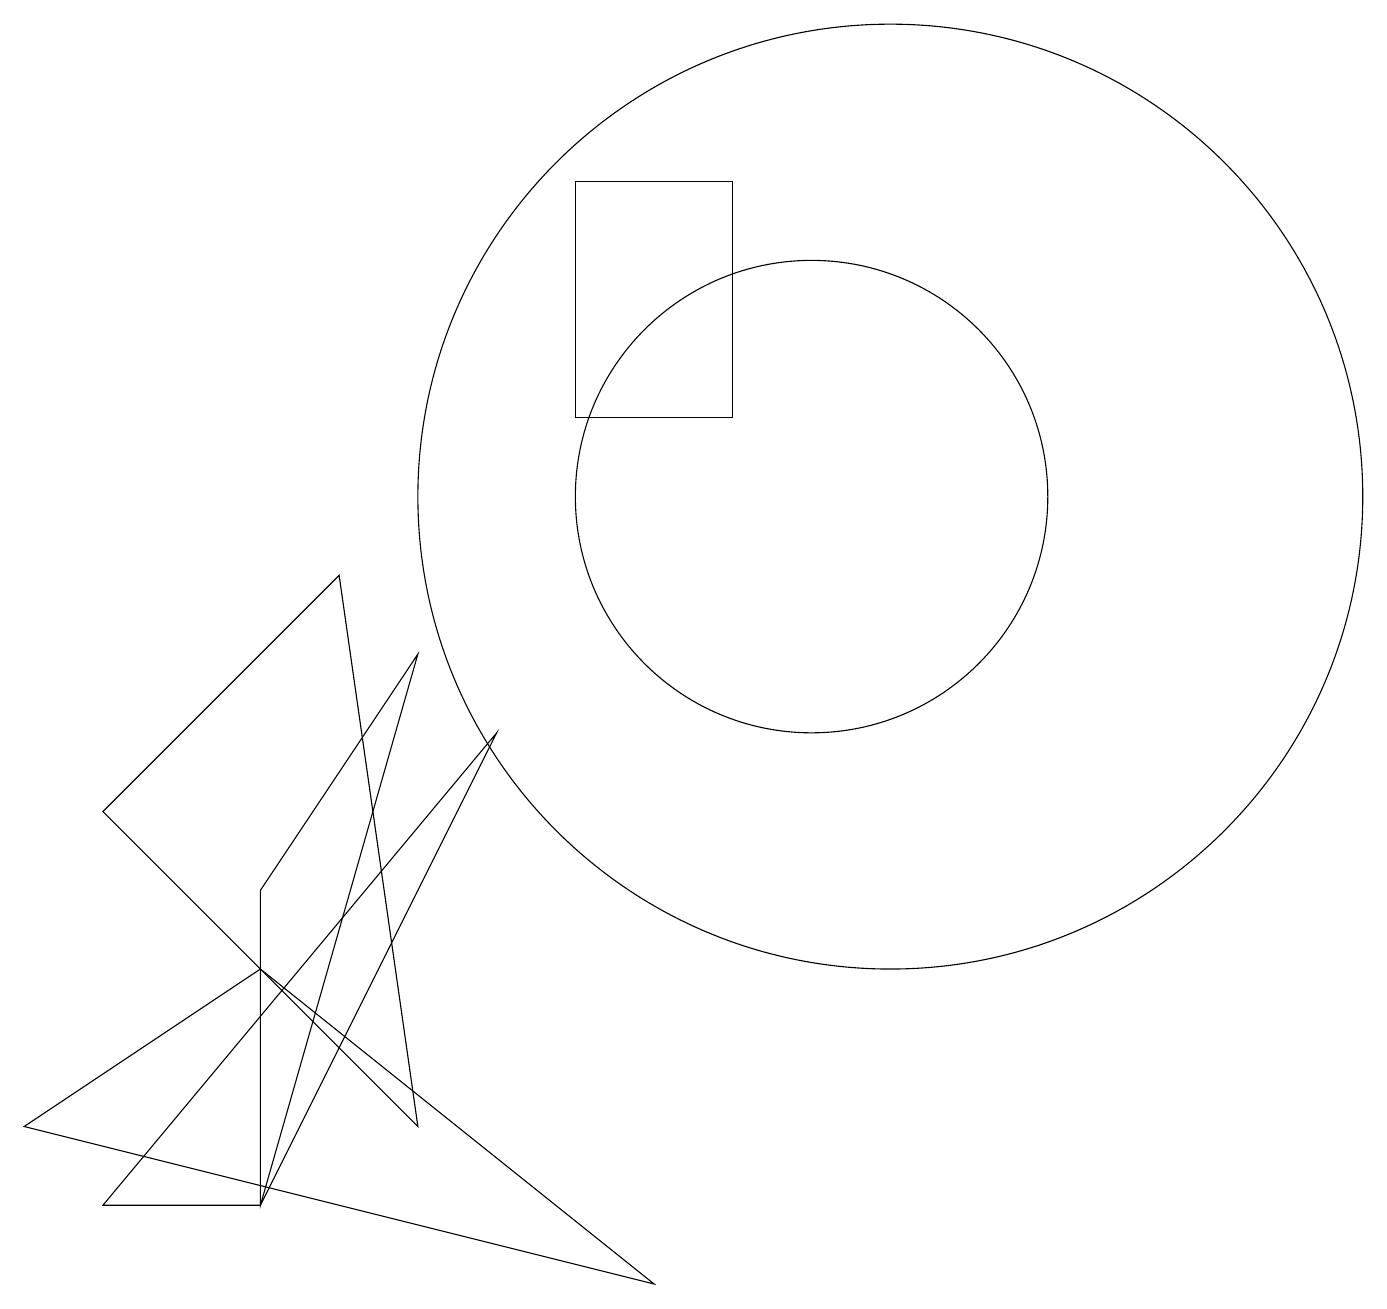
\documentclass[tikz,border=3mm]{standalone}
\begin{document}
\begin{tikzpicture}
\draw (10,10) circle (3);
\draw (1,6) -- (5,2) -- (4,9) -- cycle;
\draw (3,1) -- (1,1) -- (6,7) -- cycle;
\draw (11,10) circle (6);
\draw (9,14) rectangle (7,11);
\draw (3,4) -- (0,2) -- (8,0) -- cycle;
\draw (5,8) -- (3,5) -- (3,1) -- cycle;
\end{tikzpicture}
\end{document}